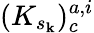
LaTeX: (K_{s_{\mathbf{k}}})_{c}^{a,i}